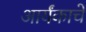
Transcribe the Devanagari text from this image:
आर्यंकाचे